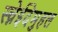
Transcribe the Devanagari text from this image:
स्च्नेईदेमुहल